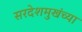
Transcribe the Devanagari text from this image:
सरदेशमुखंच्या